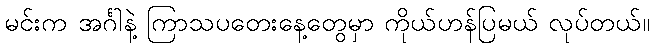
မင်းက အင်္ဂါနဲ့ ကြာသပတေးနေ့တွေမှာ ကိုယ်ဟန်ပြမယ် လုပ်တယ်။